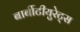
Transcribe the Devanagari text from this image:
बार्बीटीयुरेट्स